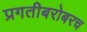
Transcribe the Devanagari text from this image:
प्रगतीबरोबरच